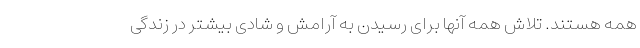
همه هستند. تلاش همه آنها برای رسیدن به آرامش و شادی بیشتر در زندگی